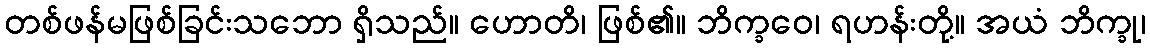
တစ်ဖန်မဖြစ်ခြင်းသဘော ရှိသည်။ ဟောတိ၊ ဖြစ်၏။ ဘိက္ခဝေ၊ ရဟန်းတို့။ အယံ ဘိက္ခု၊